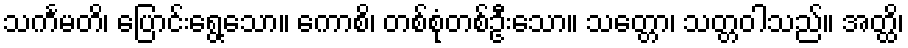
သင်္ကမတိ၊ ပြောင်းရွေ့သော။ ကောစိ၊ တစ်စုံတစ်ဦးသော။ သတ္တော၊ သတ္တဝါသည်။ အတ္ထိ၊